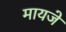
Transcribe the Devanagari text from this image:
मायजे